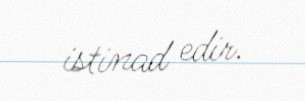
istinad edir.